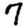
Digit: 7